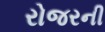
રોજરની